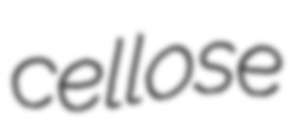
cellose